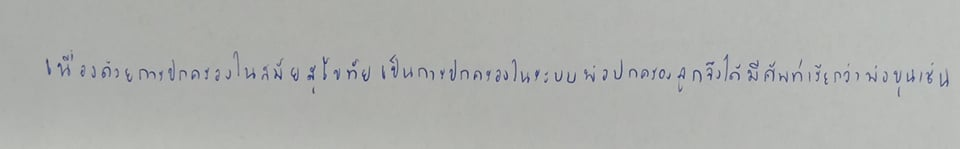
เนื่องด้วยการปกครองในสมัยสุโขทัยเป็นการปกครองในระบบพ่อปกครองลูกจึงได้มีศัพท์เรียกว่าพ่อขุนเช่น